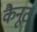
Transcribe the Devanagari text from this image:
कैनूट